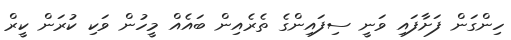
ހިންގަން ފަށާފައި ވަނީ ސިފައިންގެ ތެރެއިން ބައެއް މީހުން ވަކި ކުރަން ކީރް